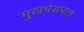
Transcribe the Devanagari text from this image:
मुखमंडपात